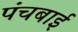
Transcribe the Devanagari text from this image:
पंचबाई